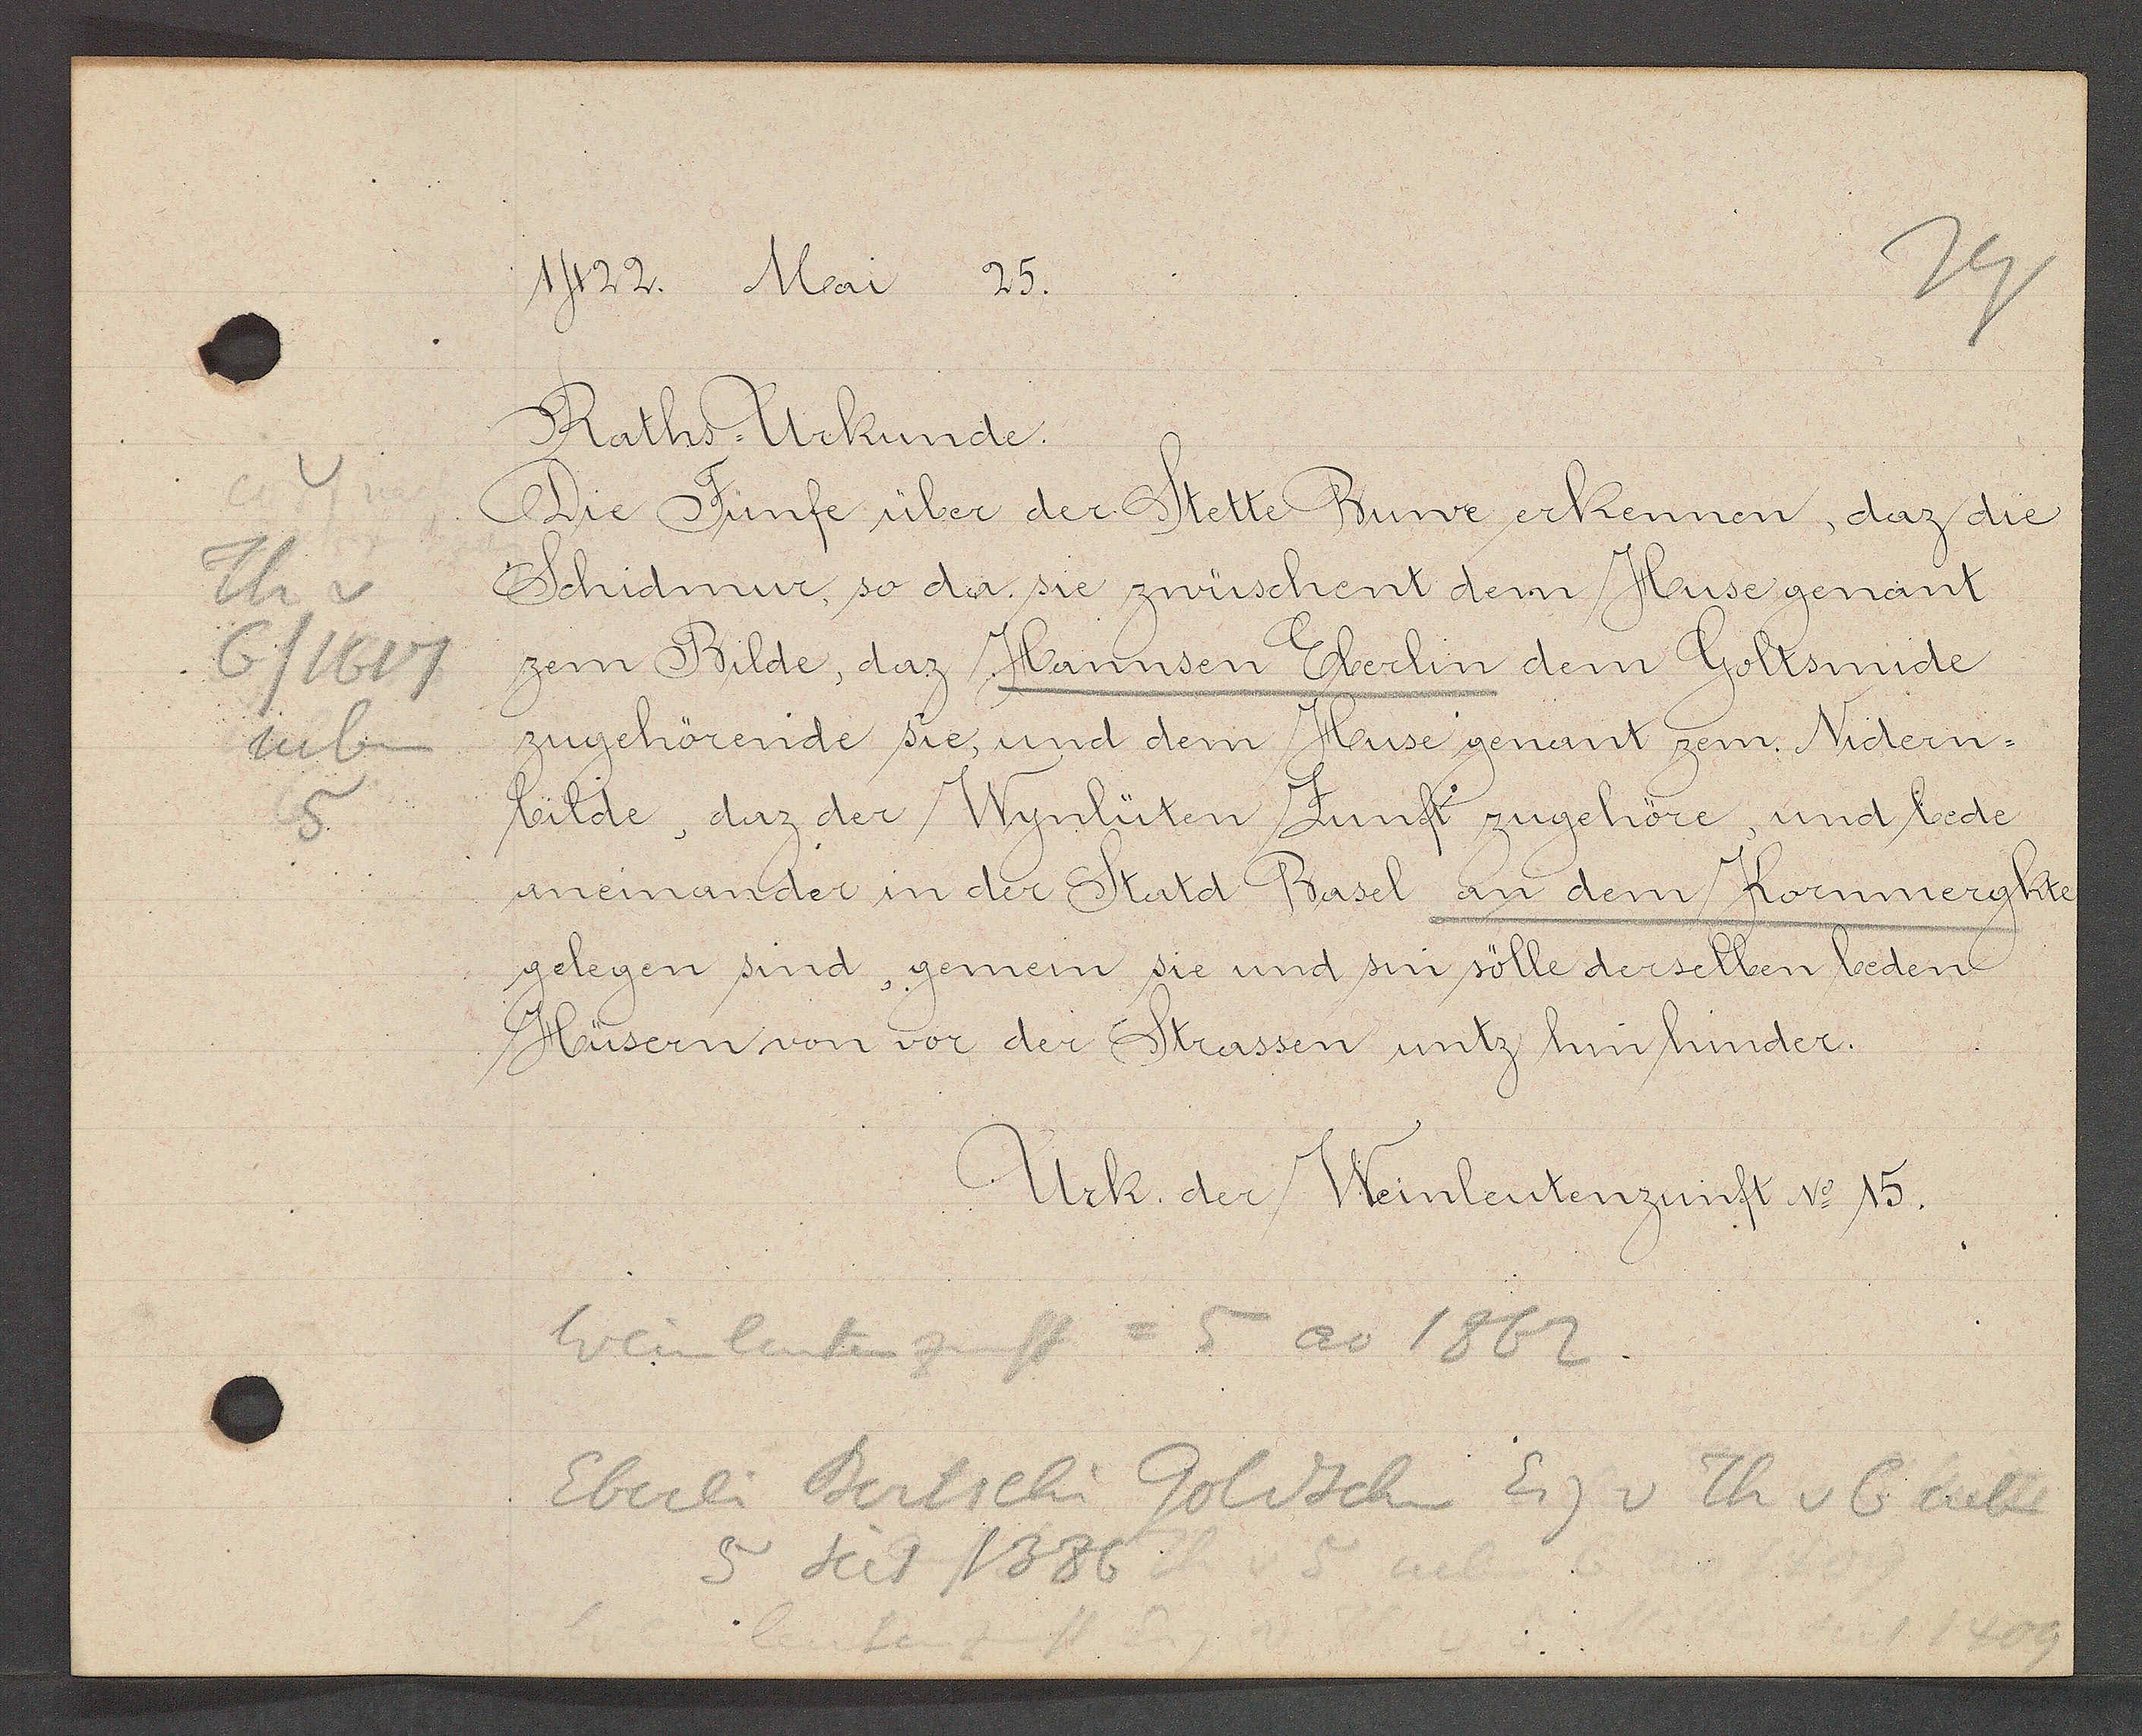
Transcript:
v
Th v
G/1617
neben
5

1422. Mai 25.

Raths,, Urkunde.
Die Fünfe über der Stette Bunr erkennen, daz die
Schidmur, so da sie zwüschent dem Huse genant
zem Bilde, daz Hannsen Eberlin dem Goltsmide
zugehörende sie, und dem Huse genant zem Nidern¬
bilde, daz der Wynlüten Zunft zugehöre, und bede
aneinander in der Statd Basel an dem Kornmerghte
gelegen sindt, gemein sie und sin sölle derselben beden
Hüsern von vor der Strassen untz hin hinder.

Urk. der Weinleutenzuft No 15.

Weinleutenzunft = 5 ao 1862
Eberli Bertschi Goldschm Eig v Th v 6 neben
5 seit 1336 Th v 5 neb 6
1409
benbn